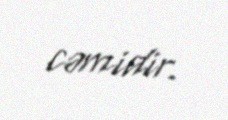
cəmidir.